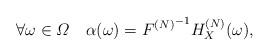
LaTeX: \begin{align*}\forall\omega\in\varOmega\quad\alpha(\omega)={F^{(N)}}^{-1}H_X^{(N)}(\omega), \end{align*}